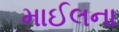
માઈલના